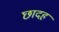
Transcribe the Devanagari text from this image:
छादह